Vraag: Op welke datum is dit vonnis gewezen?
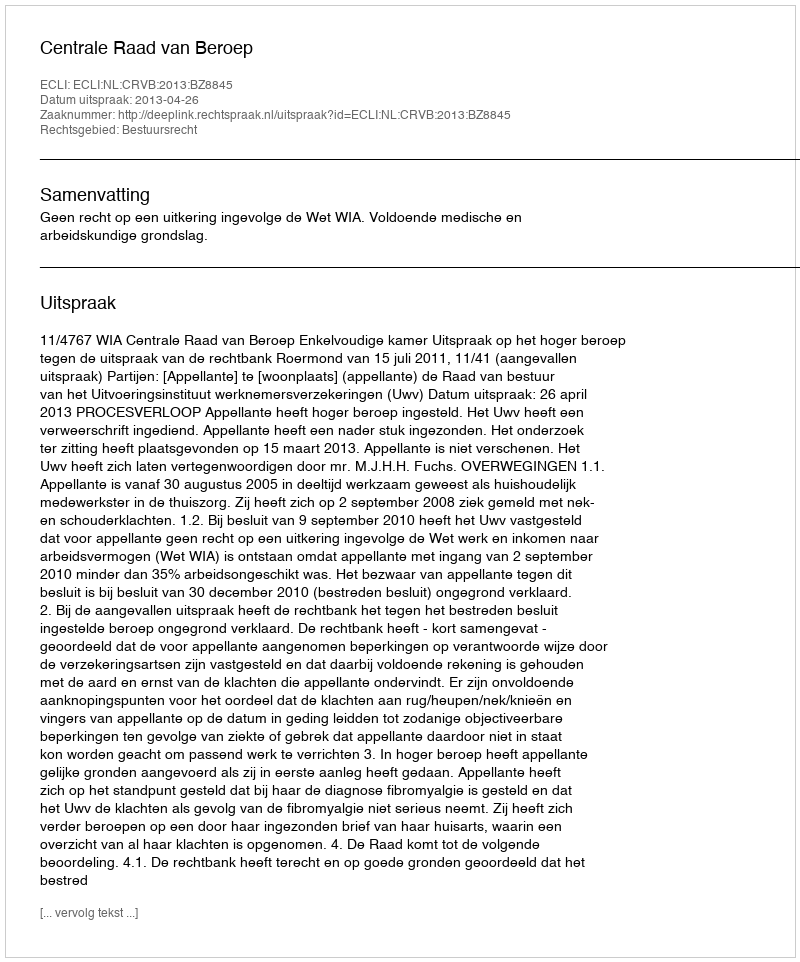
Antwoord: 2013-04-26